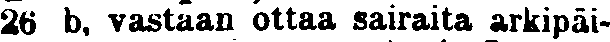
26 b, vastaan ottaa sairaita arkipäi-